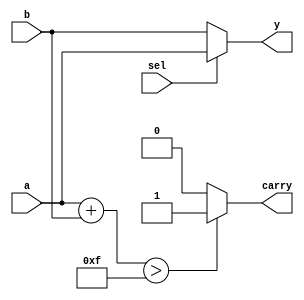
module combinational_logic(
    input wire [3:0] a,           // 4-bit input
    input wire [3:0] b,           // 4-bit input
    input wire sel,               // 1-bit select input for multiplexer
    output reg [3:0] y,           // 4-bit output
    output reg carry              // Single bit output for carry
);

// Combinational logic block
always @(*) begin
    // Example of combinational logic
    // Multiplexer logic based on sel
    if (sel) begin
        y = a;                    // If sel is high, output a
    end else begin
        y = b;                    // If sel is low, output b
    end

    // Example of carry generation (simple addition operation)
    carry = (a + b) > 4'b1111 ? 1'b1 : 1'b0;  // Generate carry if sum exceeds 4 bits
end

endmodule